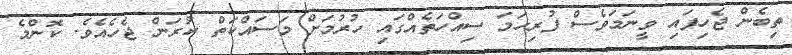
ތިބެން ޖެހިފައި ވީނަމަވެސް ފުރިހަމަ ސިއްހަތެއްގައި ހުރުމަށް މަސައްކަތް ކުރަން ޖެހެއެވެ. ކޮންމެ